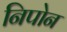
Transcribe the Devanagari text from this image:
निपोन